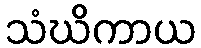
သံဃိကာယ